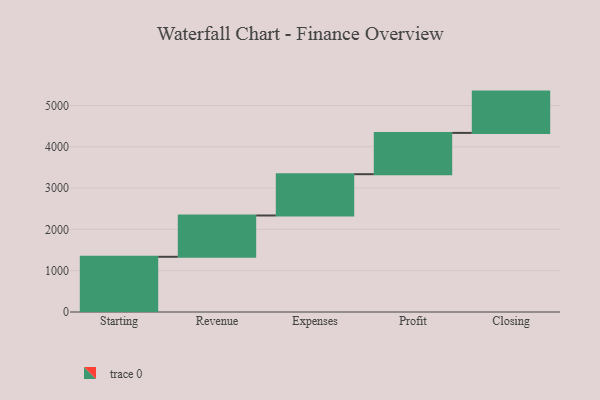
{"axis": {"x": "Step", "y": "Value"}, "legend": [""], "data": [{"x": "Starting", "y": 1337.0, "type": ""}, {"x": "Revenue", "y": 1000, "type": ""}, {"x": "Expenses", "y": 1000, "type": ""}, {"x": "Profit", "y": 1000, "type": ""}, {"x": "Closing", "y": 1000, "type": ""}]}